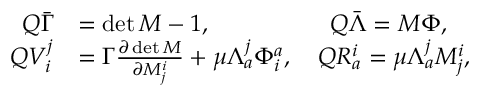
\begin{array} { r l } { Q \bar { \Gamma } } & { = \operatorname* { d e t } M - 1 , \qquad \qquad \quad Q \bar { \Lambda } = M \Phi , } \\ { Q V _ { i } ^ { j } } & { = \Gamma \frac { \partial \operatorname* { d e t } M } { \partial M _ { j } ^ { i } } + \mu \Lambda _ { a } ^ { j } \Phi _ { i } ^ { a } , \quad Q R _ { a } ^ { i } = \mu \Lambda _ { a } ^ { j } M _ { j } ^ { i } , } \end{array}